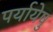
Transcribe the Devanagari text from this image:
पर्यायेषु